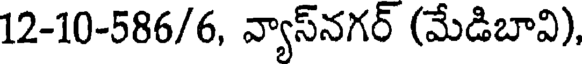
12-10-586/6, వ్యాస్నగర్ (మేడిబావి),